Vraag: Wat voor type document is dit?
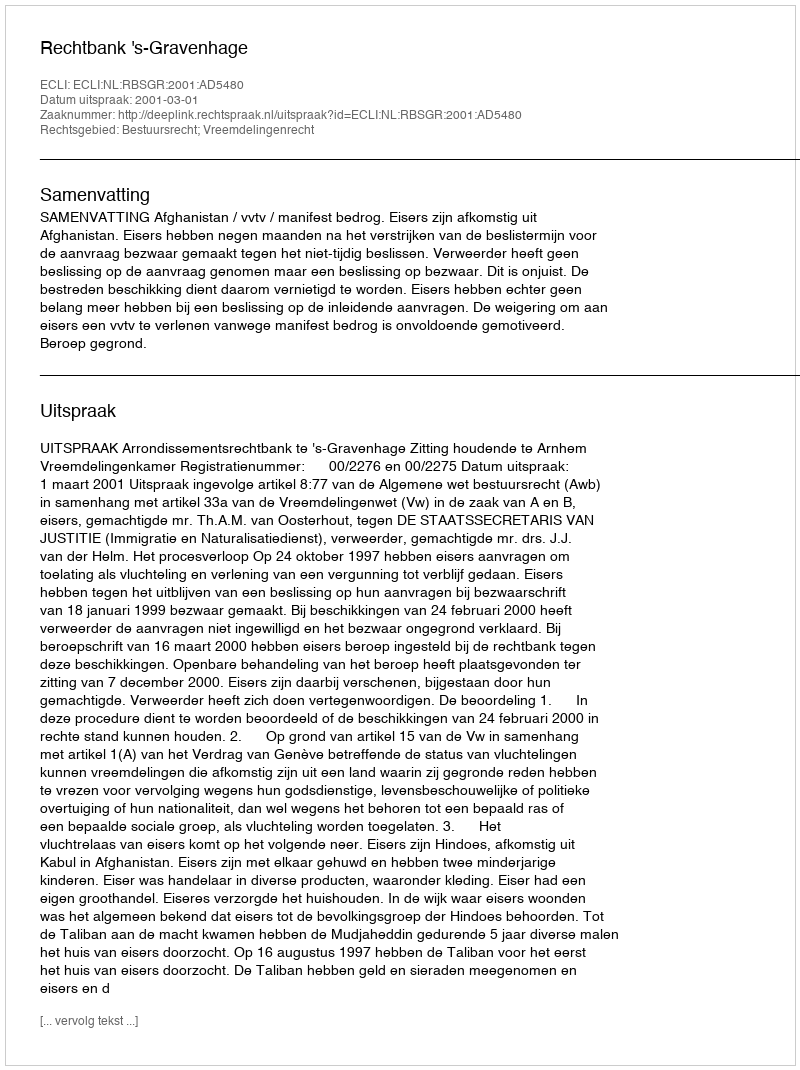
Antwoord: Uitspraak